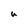
Character: u